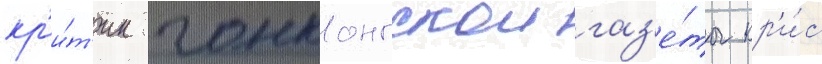
кр'и́т'ик гонконгскои газ'е́ты кр'и́с